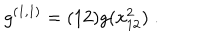
g ^ { ( 1 , 1 ) } = ( 1 2 ) g ( x _ { 1 2 } ^ { 2 } ) \; .